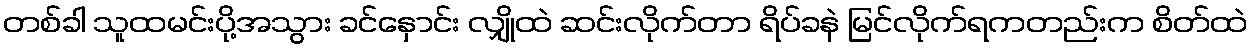
တစ်ခါ သူထမင်းပို့အသွား ခင်နှောင်း လျှိုထဲ ဆင်းလိုက်တာ ရိပ်ခနဲ မြင်လိုက်ရကတည်းက စိတ်ထဲ